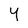
Character: 4